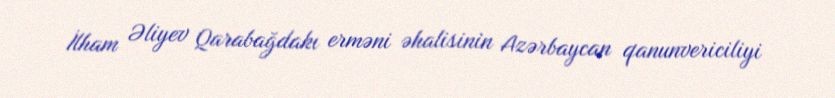
İlham Əliyev Qarabağdakı erməni əhalisinin Azərbaycan qanunvericiliyi